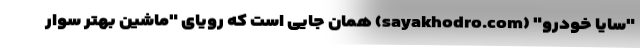
"سایا خودرو" (sayakhodro.com) همان جایی است که رویای "ماشین بهتر سوار